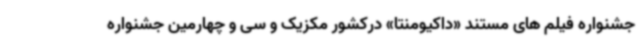
جشنواره فیلم های مستند «داکیومنتا» درکشور مکزیک و سی و چهارمین جشنواره